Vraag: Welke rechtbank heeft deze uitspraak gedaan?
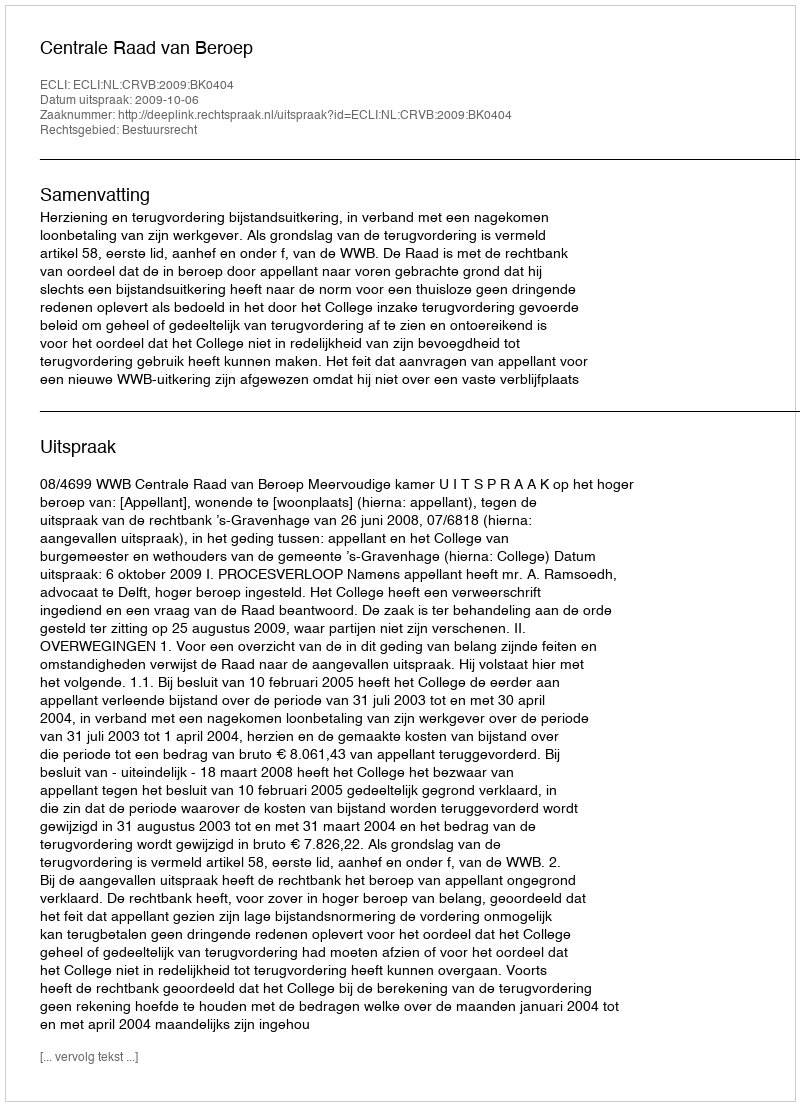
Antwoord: Centrale Raad van Beroep